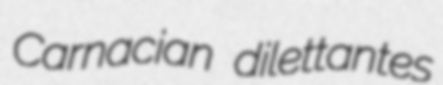
Carnacian dilettantes